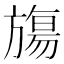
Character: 𬀑